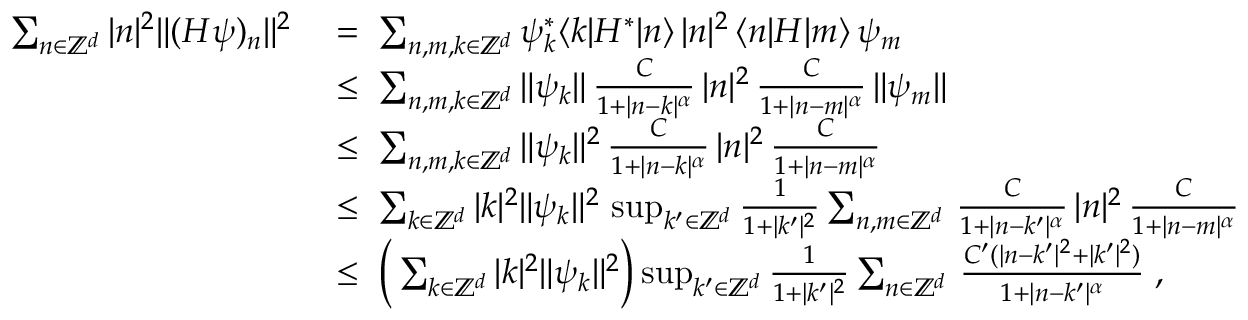
\begin{array} { r l } { \sum _ { n \in { \mathbb Z } ^ { d } } | n | ^ { 2 } \| ( H \psi ) _ { n } \| ^ { 2 } } & { \; = \; \sum _ { n , m , k \in { \mathbb Z } ^ { d } } \psi _ { k } ^ { * } \langle k | H ^ { * } | n \rangle \, | n | ^ { 2 } \, \langle n | H | m \rangle \, \psi _ { m } } \\ & { \; \leq \; \sum _ { n , m , k \in { \mathbb Z } ^ { d } } \| \psi _ { k } \| \, \frac { C } { 1 + | n - k | ^ { \alpha } } \, | n | ^ { 2 } \, \frac { C } { 1 + | n - m | ^ { \alpha } } \, \| \psi _ { m } \| } \\ & { \; \leq \; \sum _ { n , m , k \in { \mathbb Z } ^ { d } } \| \psi _ { k } \| ^ { 2 } \, \frac { C } { 1 + | n - k | ^ { \alpha } } \, | n | ^ { 2 } \, \frac { C } { 1 + | n - m | ^ { \alpha } } } \\ & { \; \leq \; \sum _ { k \in { \mathbb Z } ^ { d } } | k | ^ { 2 } \| \psi _ { k } \| ^ { 2 } \, \operatorname* { s u p } _ { k ^ { \prime } \in { \mathbb Z } ^ { d } } \frac { 1 } { 1 + | k ^ { \prime } | ^ { 2 } } \sum _ { n , m \in { \mathbb Z } ^ { d } } \, \frac { C } { 1 + | n - k ^ { \prime } | ^ { \alpha } } \, | n | ^ { 2 } \, \frac { C } { 1 + | n - m | ^ { \alpha } } } \\ & { \; \leq \; \Big ( \sum _ { k \in { \mathbb Z } ^ { d } } | k | ^ { 2 } \| \psi _ { k } \| ^ { 2 } \Big ) \operatorname* { s u p } _ { k ^ { \prime } \in { \mathbb Z } ^ { d } } \frac { 1 } { 1 + | k ^ { \prime } | ^ { 2 } } \sum _ { n \in { \mathbb Z } ^ { d } } \, \frac { C ^ { \prime } ( | n - k ^ { \prime } | ^ { 2 } + | k ^ { \prime } | ^ { 2 } ) } { 1 + | n - k ^ { \prime } | ^ { \alpha } } \; , } \end{array}